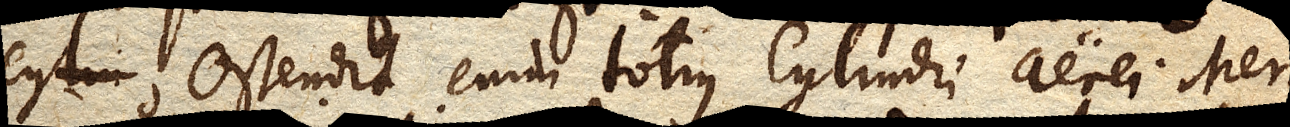
cylin Ostendit enim totius Cylindri aerei Mer–